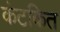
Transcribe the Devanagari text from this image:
कंटकित